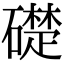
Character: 礎